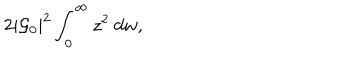
2 | { \cal G } _ { 0 } | ^ { 2 } \int _ { 0 } ^ { \infty } z ^ { 2 } ~ d w ,